Haapsalu_Metskond, lk 20
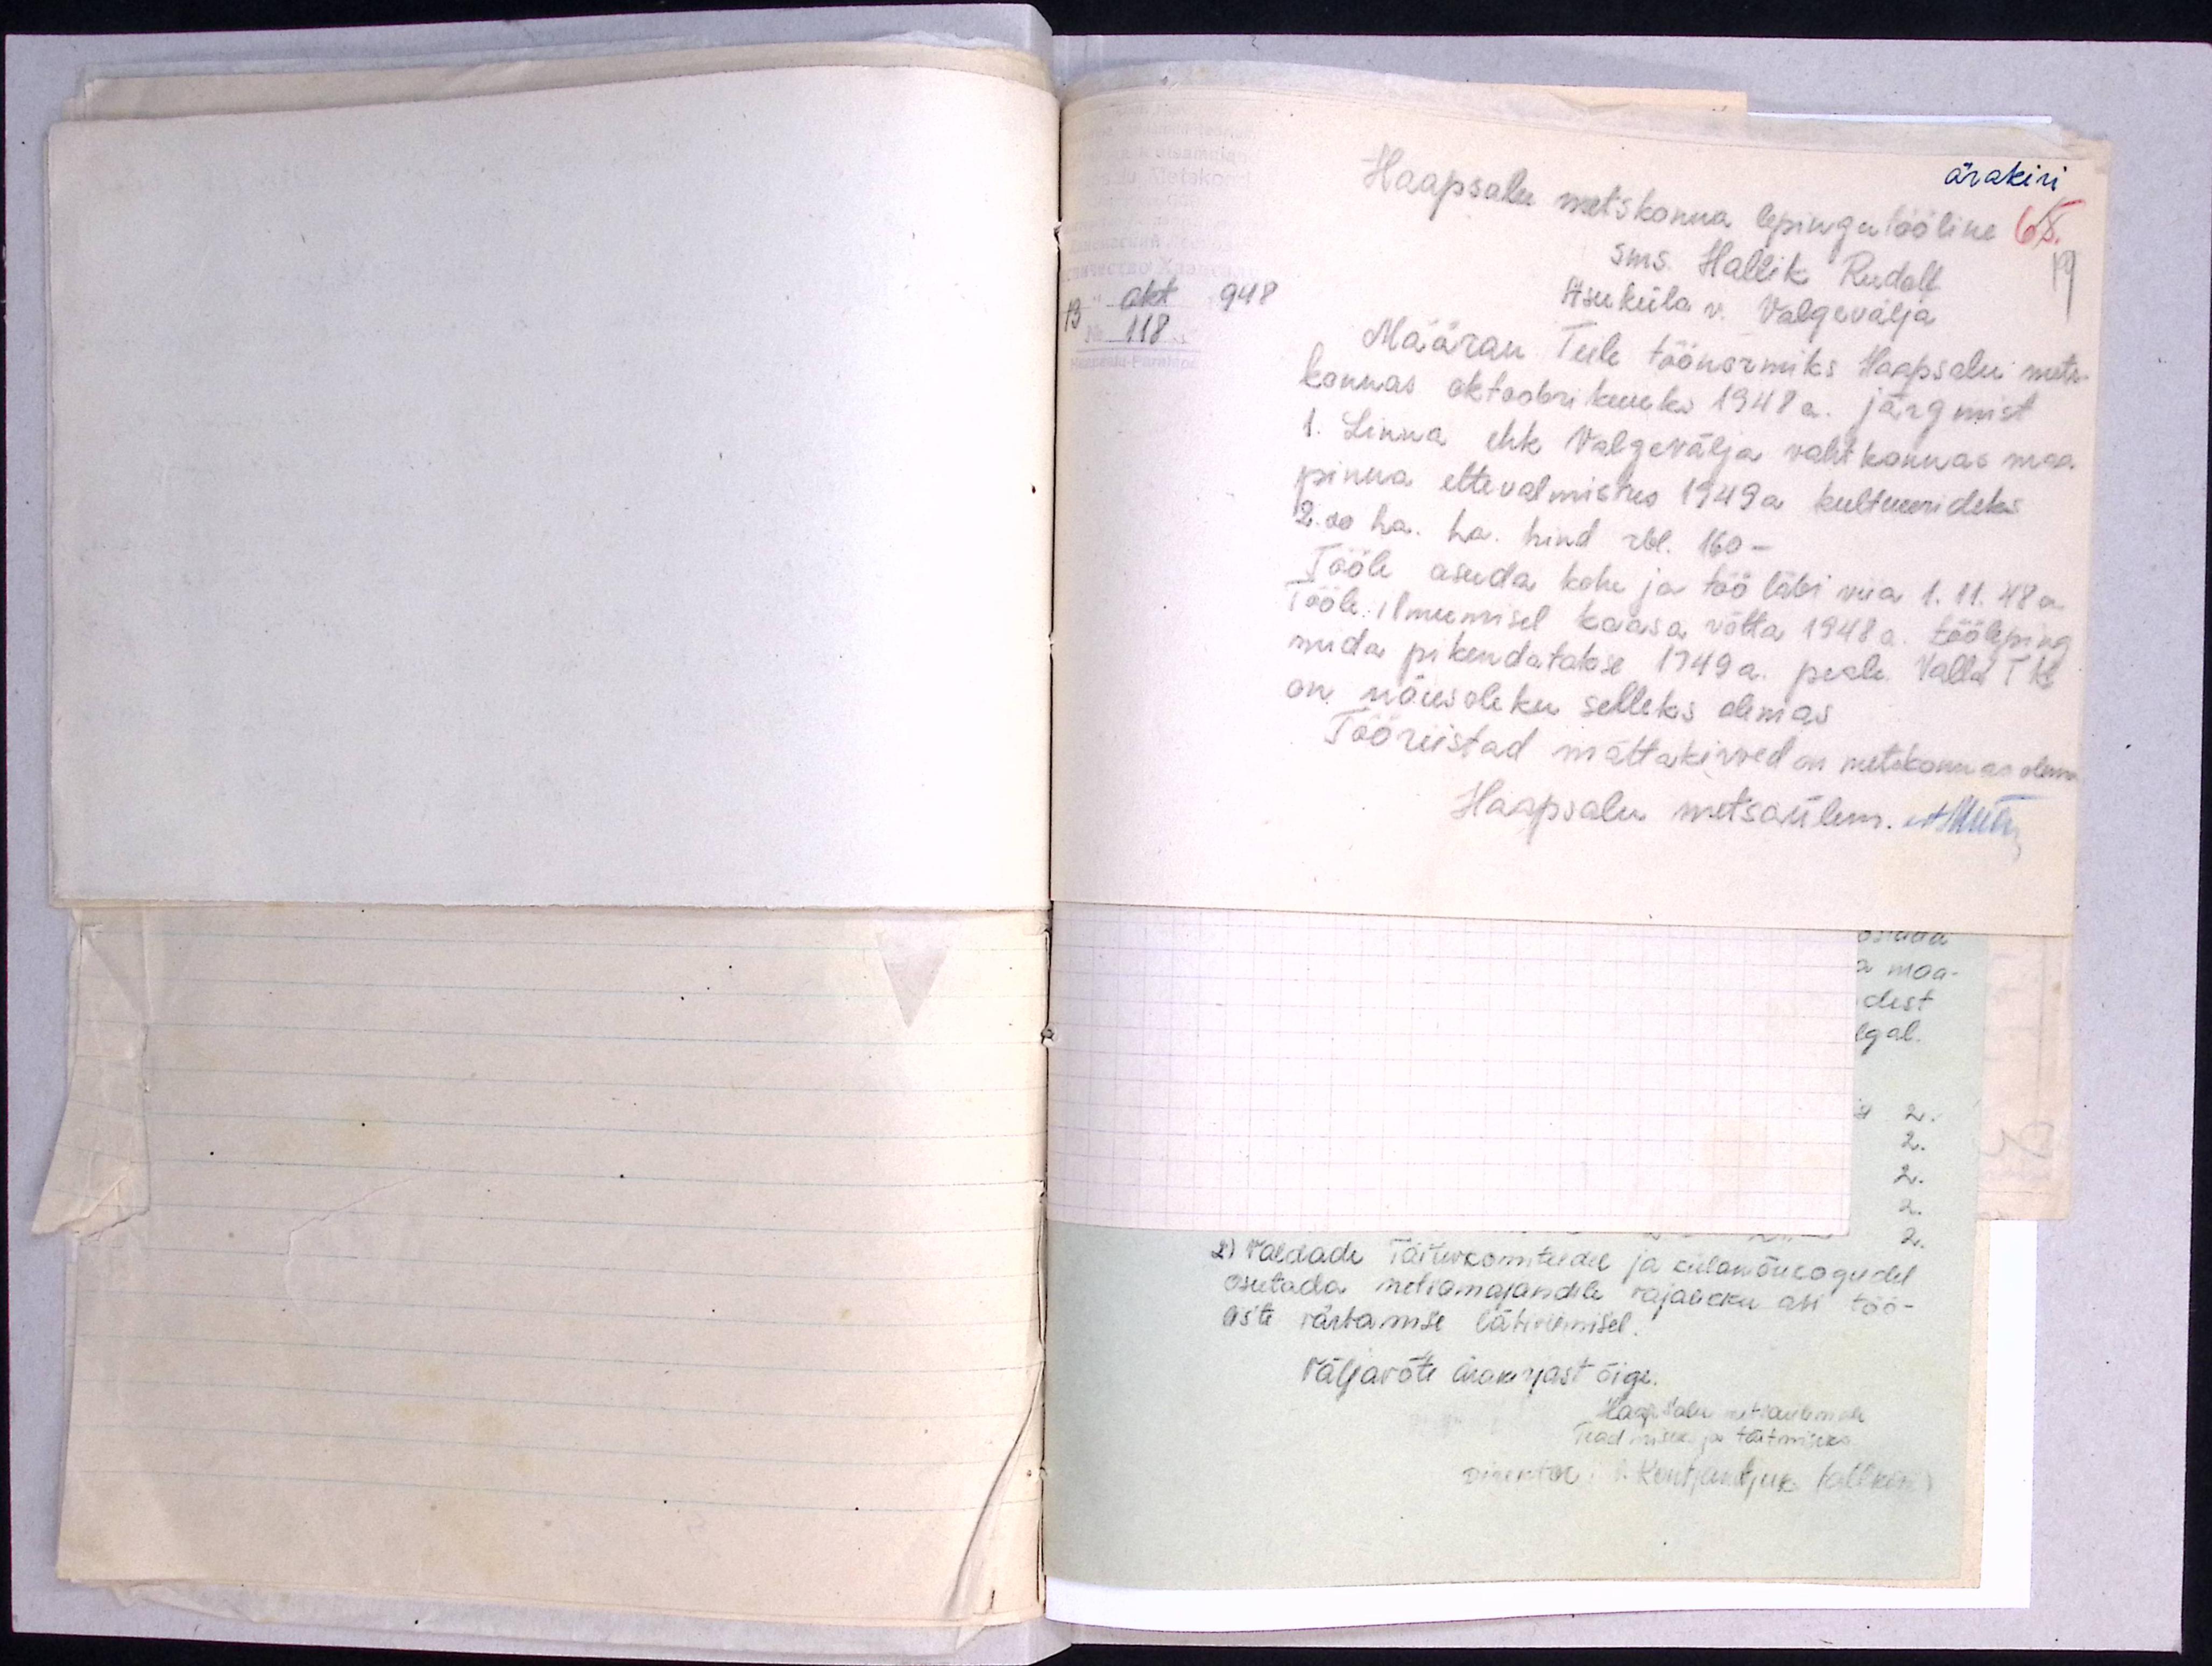
ärakiri
Haapsalu metskonna lepingutööline
65
sms. Hallik Rudolf
19
13 okt 948
Asuküla v. Valgevälja
118
Määran Teile töönormiks Haapsalu mets-
konnas oktoobrikuuks 1948 a. järgmist
1. Linna ehk Valgevälja vahtkonnas maa
pinna ettevalmistus 1949a kultuurideks
2.00 ha. ha. hind rbl. 160-
Tööle asuda kohe ja töö läbi viia 1.11.48 a.
Tööle ilmumisel kaasa võtta 1948 a. tööleping
mida pikendatakse 1949 a. peale. Valla TK
on nõusoleku selleks olemas
Tööriistad mättakirved on metskonnas olemas
Haapsalu metsaülem.